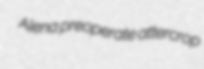
Alena preoperate attercrop